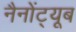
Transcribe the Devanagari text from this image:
नैनोंट्यूब